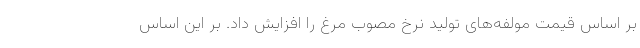
بر اساس قیمت مولفه‌های تولید نرخ مصوب مرغ را افزایش داد. بر این اساس